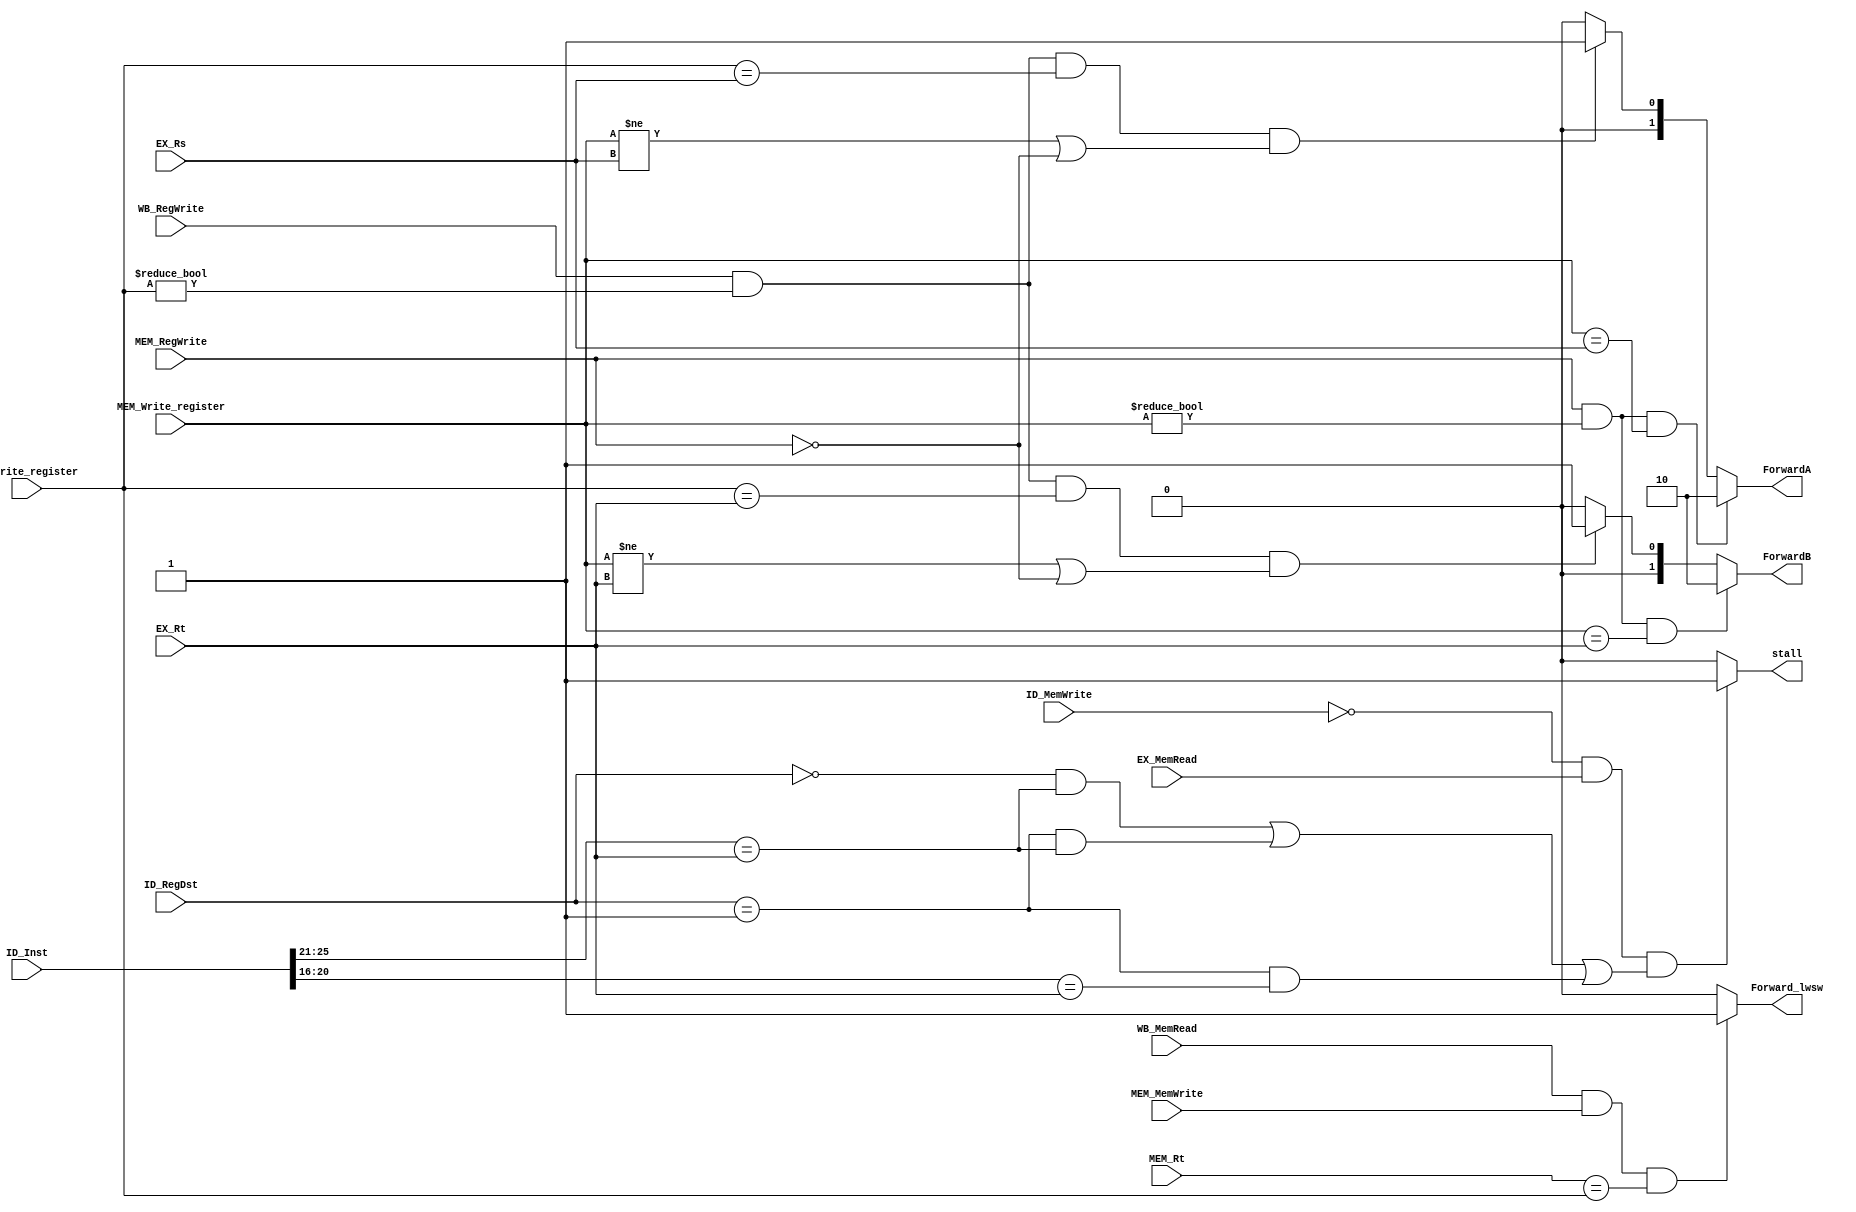
`timescale 1ns / 1ps
//////////////////////////////////////////////////////////////////////////////////
// Company: 
// Engineer: 
// 
// Design Name: 
// Module Name: ForwardHazard
// Project Name: 
// Target Devices: 
// Tool Versions: 
// Description: 
// 
// Dependencies: 
// 
// Revision:
// Revision 0.01 - File Created
// Additional Comments:
// 
//////////////////////////////////////////////////////////////////////////////////


module ForwardHazard(ID_MemWrite,ID_RegDst,ID_Inst,EX_MemRead,EX_Rs,
    EX_Rt,MEM_RegWrite,MEM_MemWrite,MEM_Rt,MEM_Write_register,
    WB_RegWrite,WB_Write_register,WB_MemRead,
    ForwardA,ForwardB,Forward_lwsw,stall
    );
input ID_MemWrite,EX_MemRead,MEM_RegWrite,MEM_MemWrite,WB_RegWrite,WB_MemRead;
input [1:0] ID_RegDst;
input [4:0] EX_Rs,EX_Rt,MEM_Rt,MEM_Write_register,WB_Write_register;
input [31:0] ID_Inst;

output wire [1:0] ForwardA,ForwardB;
output wire Forward_lwsw,stall;

// six inputs not good!!!(Maybe)
assign ForwardA = (MEM_RegWrite && (MEM_Write_register!=5'd0) && (MEM_Write_register==EX_Rs))? 2'b10:
(WB_RegWrite && (WB_Write_register!=5'd0) && (WB_Write_register==EX_Rs) && (MEM_Write_register!=EX_Rs||~MEM_RegWrite))?2'b01:2'b00;
assign ForwardB = (MEM_RegWrite && (MEM_Write_register!=5'd0) && (MEM_Write_register==EX_Rt))? 2'b10:
(WB_RegWrite && (WB_Write_register!=5'd0) && (WB_Write_register==EX_Rt) && (MEM_Write_register!=EX_Rt||~MEM_RegWrite))?2'b01:2'b00;
assign stall = (~ID_MemWrite && EX_MemRead && (
((ID_RegDst==2'b00) && (ID_Inst[25:21] == EX_Rt))||
((ID_RegDst==2'b01) && (ID_Inst[25:21] == EX_Rt))||
((ID_RegDst==2'b01) && (ID_Inst[20:16] == EX_Rt))))?1'b1:1'b0;
assign Forward_lwsw = (WB_MemRead && MEM_MemWrite && MEM_Rt == WB_Write_register)? 1'b1:1'b0;
endmodule